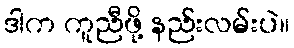
ဒါက ကူညီဖို့ နည်းလမ်းပဲ။